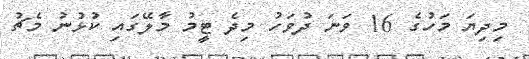
މިދިޔަ މަހުގެ 16 ވަނަ ދުވަހު މިދެ ޓީމު މާލޭގައި ކުޅުނު މެޗު